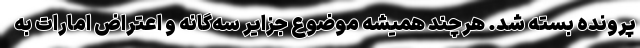
پرونده بسته شد. هرچند همیشه موضوع جزایر سه‌گانه و اعتراض امارات به